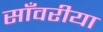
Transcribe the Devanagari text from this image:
साँवरीया